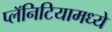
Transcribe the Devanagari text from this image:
प्लॅनिटियामध्ये